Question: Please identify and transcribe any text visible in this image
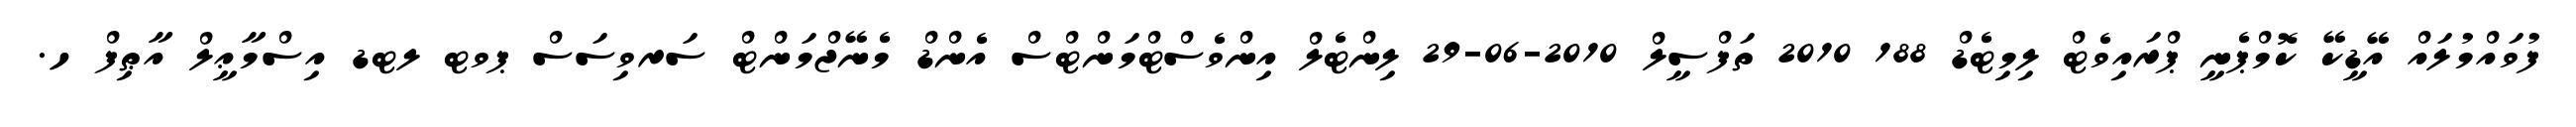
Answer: ފުވައްމުލައް އޭޑީކޭ ކޮމްޕެނީ ޕްރައިވެޓް ލިމިޓެޑް 188 2010 ތަފްސީލް 2010-06-29 ލިންޓެލް އިންވެސްޓްމަންޓްސް އެންޑް މެނޭޖްމަންޓް ސަރވިސަސް ޕވޓ ލޓޑ އިސްމާޢީލް އާޠިފް ހ.